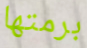
برمتها